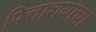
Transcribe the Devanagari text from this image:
पित्ताशयाचा